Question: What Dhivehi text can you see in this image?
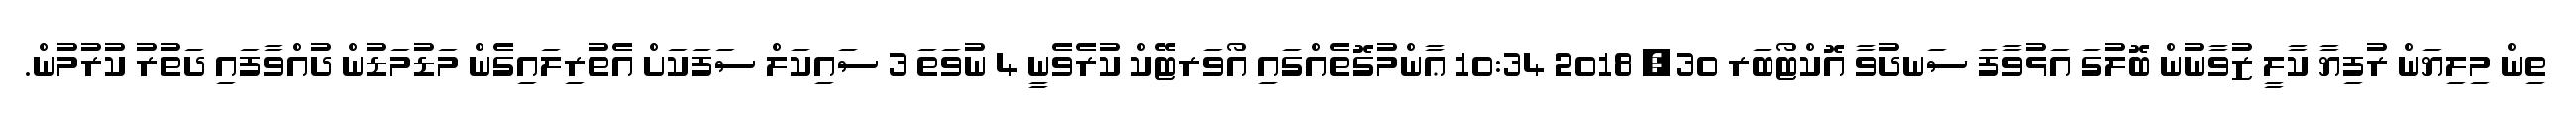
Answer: ތިން މިލިޔަން ރުފިޔާ ކާލީ ޒުވާނުން ބޮލުގަ އަޅުވާފަ ސަނދުވާ އޮކްޓޯބަރ 30, 2018 10:34 ޢާންމުގޮތެއްގައި އޯވަރޓޭކް ކުރެވެނީ 4 ނުވަތަ 3 ސައިކަލް ސަފަކަށް އެތުރިލައިގެން މަޑުމަޑުން ދުއްވާފައި ދަތުރު ކުރުމުން.